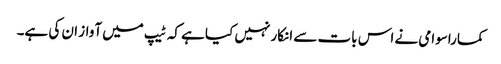
کماراسوامی نے اس بات سے انکار نہیں کیا ہے کہ ٹیپ میں آواز ان کی ہے۔